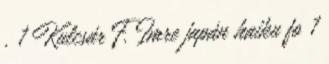
. 1 Kulcsár F. Imre japán haiku fo 1